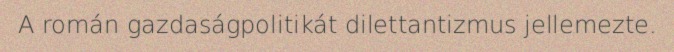
A román gazdaságpolitikát dilettantizmus jellemezte.